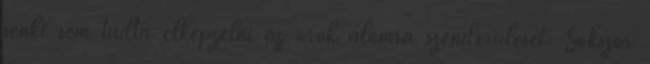
senki sem tudta elképzelni az örök álomra szenderülését. Sokszor